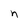
Character: n